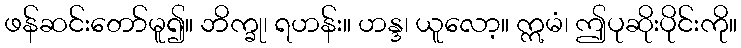
ဖန်ဆင်းတော်မူ၍။ ဘိက္ခု၊ ရဟန်း။ ဟန္ဒ၊ ယူလော့။ ဣမံ၊ ဤပုဆိုးပိုင်းကို။